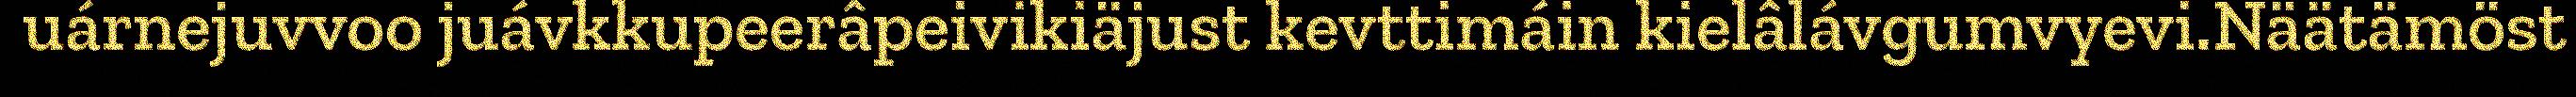
uárnejuvvoo juávkkupeerâpeivikiäjust kevttimáin kielâlávgumvyevi.Näätämöst